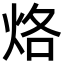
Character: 烙